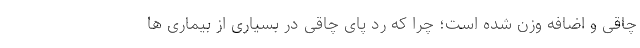
چاقی و اضافه وزن شده است؛ چرا که رد پای چاقی در بسیاری از بیماری ها